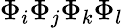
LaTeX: \Phi_{i}\Phi_{j}\Phi_{k}\Phi_{l}